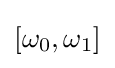
[\omega _{0},\omega _{1}]